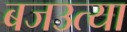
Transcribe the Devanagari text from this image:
बजउत्या